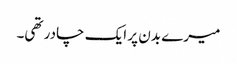
میرے بدن پر ایک چادر تھی۔